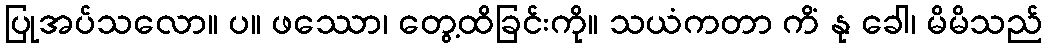
ပြုအပ်သလော။ ပ။ ဖဿော၊ တွေ့ထိခြင်းကို။ သယံကတာ ကိံ နု ခေါ၊ မိမိသည်